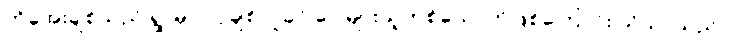
ကိုအေးချစ်သည် ရွာမှာ လူချစ်လူခင် ပေါများသူတစ်ယောက်ဖြစ်ကြောင်း သိသာသည်။